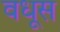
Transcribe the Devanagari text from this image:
वधूस